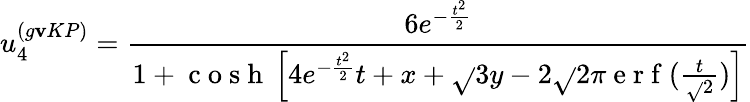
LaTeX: u_{4}^{(g\mathbf{v}KP)}=\frac{{6e^{-\frac{{t^{2}}}{{2}}}}}{{1+\mathrm{{~c~o~s~h~}}\left[4e^{-\frac{{t^{2}}}{{2}}}t+x+\sqrt{}{{3}}y-2\sqrt{}{{2\pi}}\mathrm{{~e~r~f~}}(\frac{{t}}{{\sqrt{}{{2}}}})\right]}}